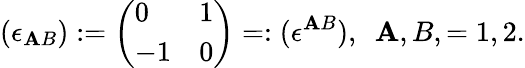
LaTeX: (\epsilon_{\mathbf{A}B}):=\left(\begin{array}{ll}{{0}}&{{1}}\\ {{-1}}&{{0}}\end{array}\right)=:(\epsilon^{\mathbf{A}B}),\ \ \mathbf{A},B,=1,2.